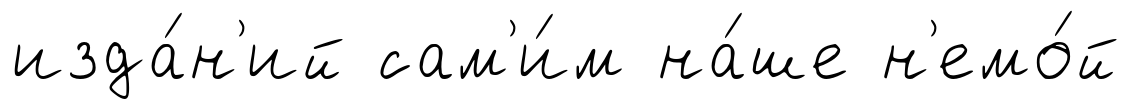
изда́н'ий сам'и́м на́ше н'емо́й